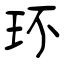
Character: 环